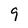
Character: 9